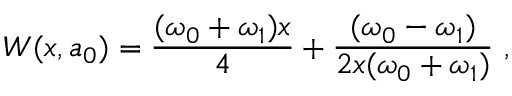
W ( x , a _ { 0 } ) = \frac { ( \omega _ { 0 } + \omega _ { 1 } ) x } { 4 } + \frac { ( \omega _ { 0 } - \omega _ { 1 } ) } { 2 x ( \omega _ { 0 } + \omega _ { 1 } ) } ~ ,